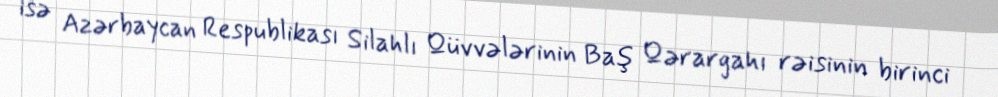
isə Azərbaycan Respublikası Silahlı Qüvvələrinin Baş Qərargahı rəisinin birinci